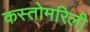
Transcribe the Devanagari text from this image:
कस्तोमरिली